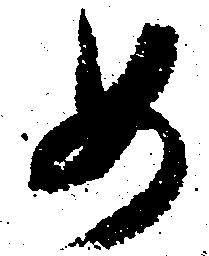
め